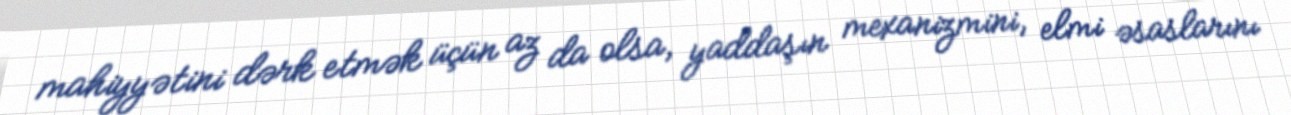
mahiyyətini dərk etmək üçün az da olsa, yaddaşın mexanizmini, elmi əsaslarını